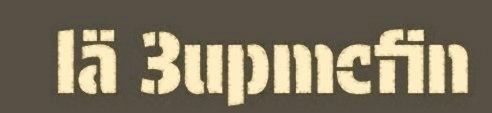
lä 3upmcfin